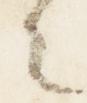
々